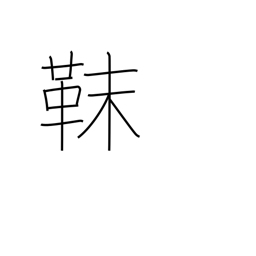
Meaning: Tungusic tribe